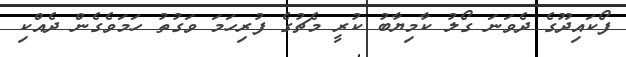
ފޯކައިދޫގެ ދެވަނަ ގޯލު ކާމިޔާބު ކުރީ މެޗުގެ ފުރިހަމަ ވަގުތު ހަމަވެގެން ދެއްކި